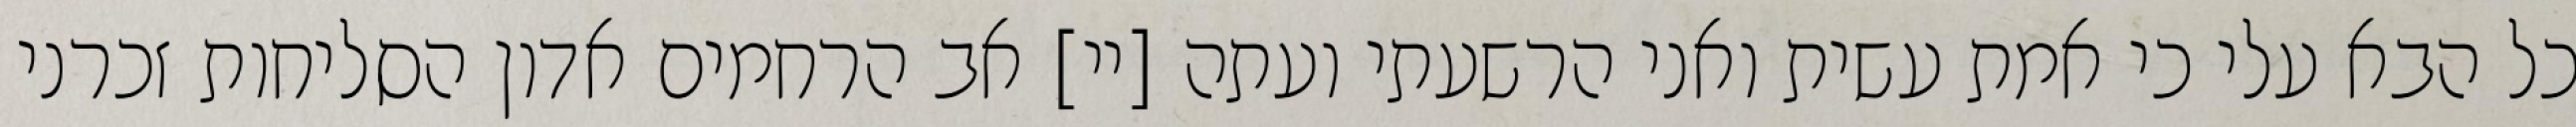
כל הבא עלי כי אמת עשית ואני הרשעתי ועתה [יי] אב הרחמים אדון הסליחות זכרני